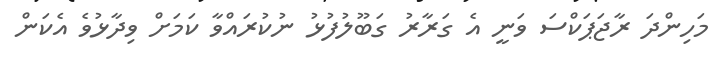
މަހިންދަ ރާޖަޕަކްްސަ ވަނީ އެ ގަރާރު ގަބޫލުފުޅު ނުކުރައްވާ ކަމަށް ވިދާޅުވެ އެކަން